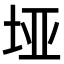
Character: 垭